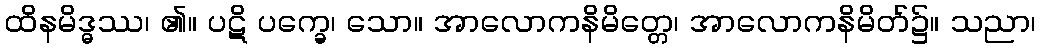
ထိနမိဒ္ဓဿ၊ ၏။ ပဋိ ပက္ခေ၊ သော။ အာလောကနိမိတ္တေ၊ အာလောကနိမိတ်၌။ သညာ၊